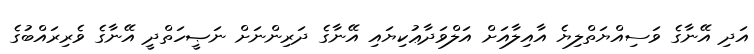
އަދި އޭނާގެ ވަސިއްޔަތްލިޔެ އާއިލާއަށް އަލްވަދާޢުކިޔައި އޭނާގެ ދަރިންނަށް ނަޞީހަތްދީ އޭނާގެ ވެރިރައްބުގެ